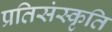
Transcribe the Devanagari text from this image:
प्रतिसंस्कृति